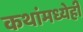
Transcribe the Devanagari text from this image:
कथांमध्येही